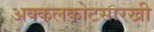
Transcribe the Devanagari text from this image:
अक्कलकोटसारखी